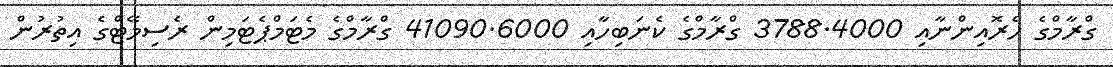
ގްރާމްގެ ހެރޮއިންނާއި 3788.4000 ގްރާމްގެ ކެނަބިހާއި 41090.6000 ގްރާމްގެ މެޓަމްޕެޓަމިން ރެސިމޭޓްގެ އިތުރުން